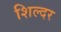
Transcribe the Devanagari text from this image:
शिल्दर